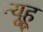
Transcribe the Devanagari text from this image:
न्यूहू